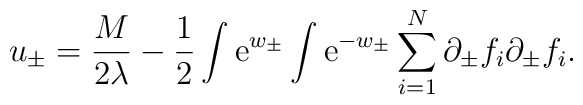
u_\pm = {M \over 2 \lambda} - {1 \over 2} \int {\rm e}^{w_\pm}\int {\rm e}^{-w_\pm}\sum_{i=1}^N \partial_\pm f_i \partial_\pm f_i.